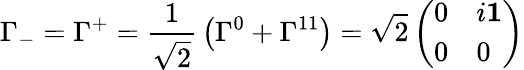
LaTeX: \Gamma_{-}=\Gamma^{+}={\frac{1}{\sqrt{2}}}\left(\Gamma^{0}+\Gamma^{11}\right)=\sqrt{2}\left(\begin{array}{ll}{{0}}&{{i\mathbf{1}}}\\ {{0}}&{{0}}\end{array}\right)